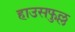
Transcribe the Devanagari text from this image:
हाउसफुल्ल